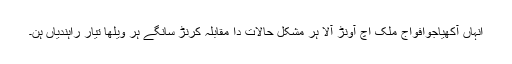
انہاں آکھیاجوافواج ملک اچ آونڑ آلا ہر مشکل حالات دا مقابلہ کرنڑ سانگے ہر ویلھا تیار راہندیاں ہن۔